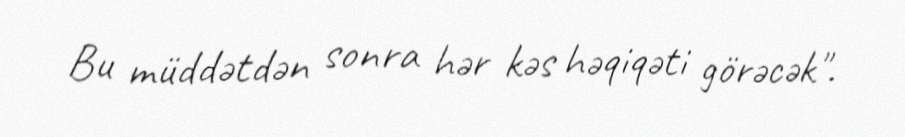
Bu müddətdən sonra hər kəs həqiqəti görəcək".